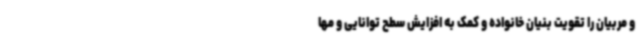
و مربیان را تقویت بنیان خانواده و کمک به افزایش سطح توانایی و مها